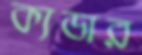
ক্যডার